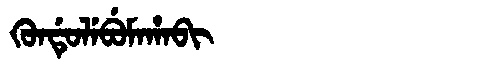
Manchu: ᡴᡠᠨᡩᡠᠯᡝᠪᡠᠮᠠᡥᠠᠪᡳ
Romanization: KUNDULEBUMAHABI